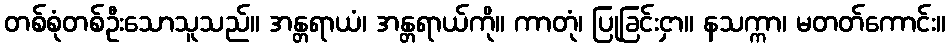
တစ်စုံတစ်ဦးသောသူသည်။ အန္တရာယံ၊ အန္တရာယ်ကို။ ကာတုံ၊ ပြုခြင်းငှာ။ နသက္ကာ၊ မတတ်ကောင်း။